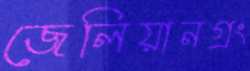
জেলিয়ানগ্রং